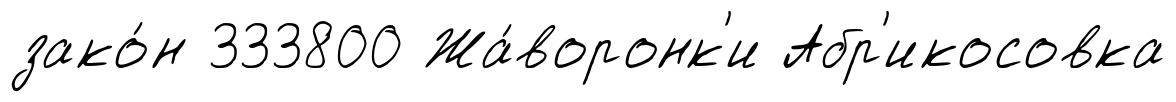
зако́н 333800 Жа́воронк'и Абр'икосовка